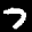
Label: 7